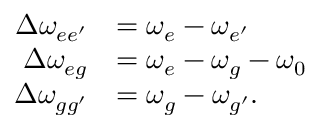
\begin{array} { r l } { \Delta \omega _ { { e e ^ { \prime } } } } & { = \omega _ { { e } } - \omega _ { { e ^ { \prime } } } } \\ { \Delta \omega _ { { e g } } } & { = \omega _ { { e } } - \omega _ { { g } } - \omega _ { 0 } } \\ { \Delta \omega _ { { g g ^ { \prime } } } } & { = \omega _ { { g } } - \omega _ { { g ^ { \prime } } } . } \end{array}